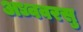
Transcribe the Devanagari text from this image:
अध्ववरसु